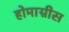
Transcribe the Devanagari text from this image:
होमाग्नीस